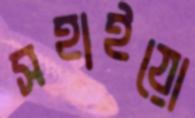
সহাইয়ো